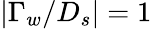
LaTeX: |\Gamma_{w}/D_{s}|=1